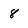
Character: 8